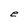
Character: e